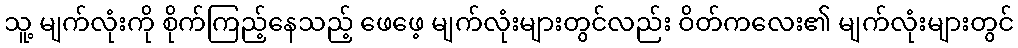
သူ့ မျက်လုံးကို စိုက်ကြည့်နေသည့် ဖေဖေ့ မျက်လုံးများတွင်လည်း ဝိတ်ကလေး၏ မျက်လုံးများတွင်